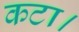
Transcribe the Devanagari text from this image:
कटा।